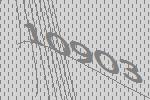
10903